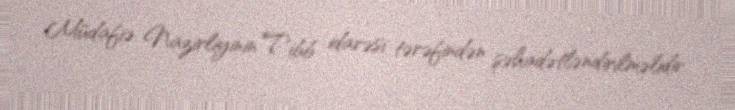
Müdafiə Nazirliyinin Tibb idarəsi tərəfindən şəhadətləndirilməlidir.